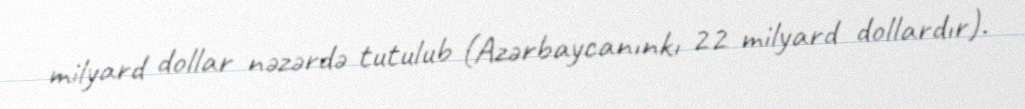
milyard dollar nəzərdə tutulub (Azərbaycanınkı 22 milyard dollardır).